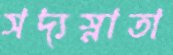
সদ্যস্নাতা